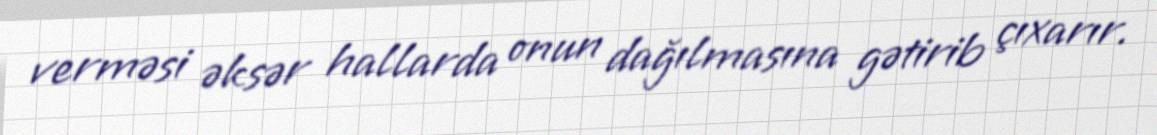
verməsi əksər hallarda onun dağılmasına gətirib çıxarır.